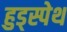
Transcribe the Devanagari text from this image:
हुड्स्पेथ